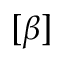
[ \beta ]